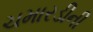
ચમારડીની